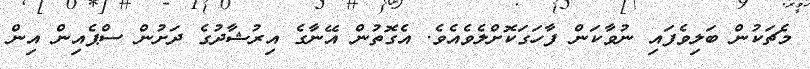
މެޗަކުން ބަލިވެފައި ނުވާކަން ފާހަގަކޮށްލެވެއެވެ. އެގޮތުން އޭނާގެ އިރުޝާދުގެ ދަށުން ސްޕެއިން އިން